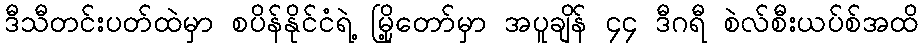
ဒီသီတင်းပတ်ထဲမှာ စပိန်နိုင်ငံရဲ့ မြို့တော်မှာ အပူချိန် ၄၄ ဒီဂရီ စဲလ်စီးယပ်စ်အထိ